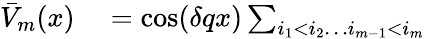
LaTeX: \begin{array}{rl}{\bar{V}_{m}(x)}&{{}=\cos(\delta qx)\sum_{i_{1}<i_{2}\ldots i_{m-1}<i_{m}}}\end{array}